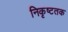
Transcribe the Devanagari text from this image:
निकृष्टतक